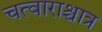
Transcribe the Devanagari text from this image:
चत्वाराश्चात्र